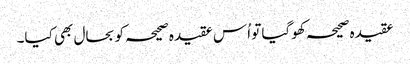
عقیدہ صحیحہ کھوگیا تو اُس عقیدہ صحیحہ کو بحال بھی کیا۔